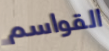
القواسم